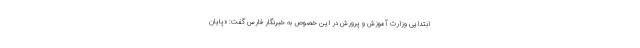
ابتدایی وزارت آموزش و پرورش در این خصوص به خبرنگار فارس گفت: «پایان